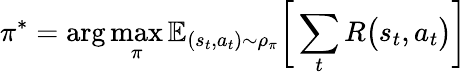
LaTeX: \pi^{*}=\arg\operatorname*{max}_{\pi}\mathbb{E}_{(s_{t},a_{t})\sim\rho_{\pi}}\bigg[\sum_{t}R\big(s_{t},a_{t}\big)\bigg]